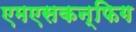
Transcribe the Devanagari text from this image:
एमएसकन्फिग